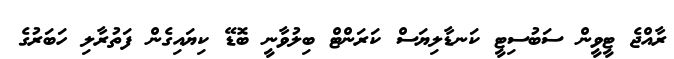
ރާއްޖެ ޓީވީން ސަބުސިޓީ ކަނޑާލިޔަސް ކަރަންޓް ބިލުވާނީ ބޮޑޭ ކިޔައިގެން ފަތުރާލި ހަބަރުގެ